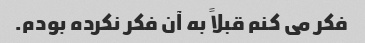
فکر می کنم قبلاً به آن فکر نکرده بودم.